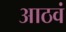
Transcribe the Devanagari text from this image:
आठवं